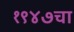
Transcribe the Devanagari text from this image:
१९४७चा